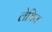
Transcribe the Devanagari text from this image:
लेसिन